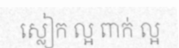
ស្លៀក ល្អ ពាក់ ល្អ